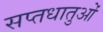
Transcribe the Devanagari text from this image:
सप्तधातुओं